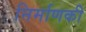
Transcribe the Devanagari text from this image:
निर्माणकी